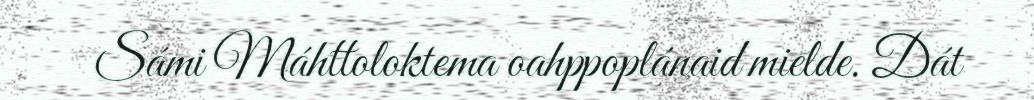
Sámi Máhttoloktema oahppoplánaid mielde. Dát